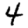
Digit: 4